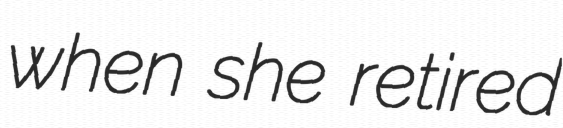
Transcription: when she retired